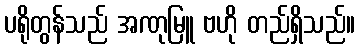
ပရိုတွန်သည် အဏုမြူ ဗဟို တည်ရှိသည်။